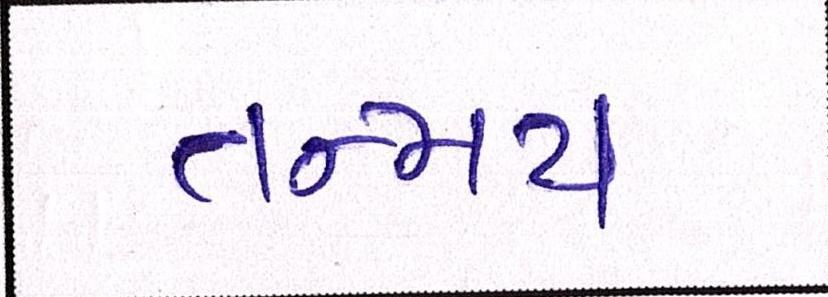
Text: તન્મય